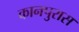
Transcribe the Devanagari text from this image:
कानपुरास